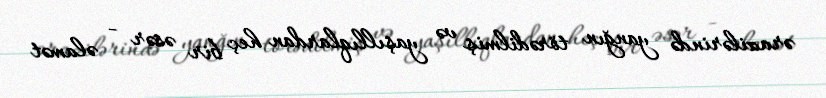
ərazilərində yanğın törədilmiş və yaşıllıqlardan heç bir əsər - əlamət